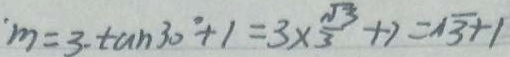
m = 3 \cdot \tan 3 0 ^ { \circ } + 1 = 3 \times \frac { \sqrt { 3 } } { 3 } + 7 = \sqrt { 3 } + 1